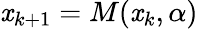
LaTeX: \mathit{x}_{k+1}=M(\mathit{x}_{k},\alpha)